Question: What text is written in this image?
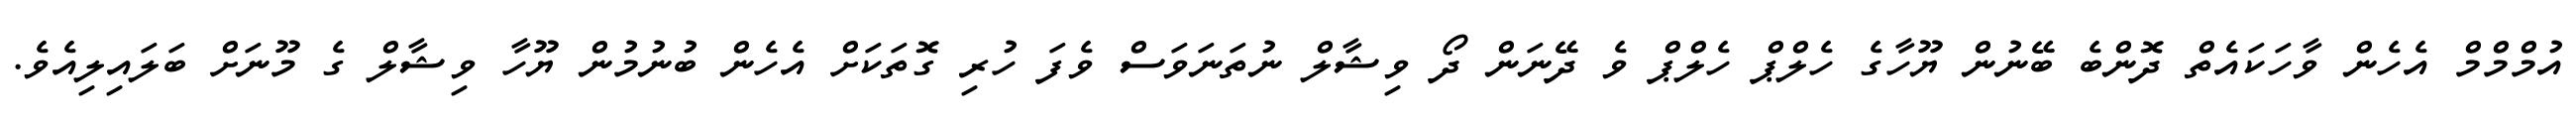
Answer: އުމްމްމް އެހެން ވާހަކައެތް ދޮންބެ ބޭނުން ޔޫހާގެ ހެލްޕް ހެލްޕް ވެ ދޭނަން ދޯ ވިޝާލް ނުތަނަވަސް ވެފަ ހުރި ގޮތަކަށް އެހެން ބުނުމުން ޔޫހާ ވިޝާލް ގެ މޫނަށް ބަލައިލިއެވެ.